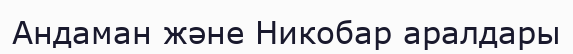
Андаман және Никобар аралдары